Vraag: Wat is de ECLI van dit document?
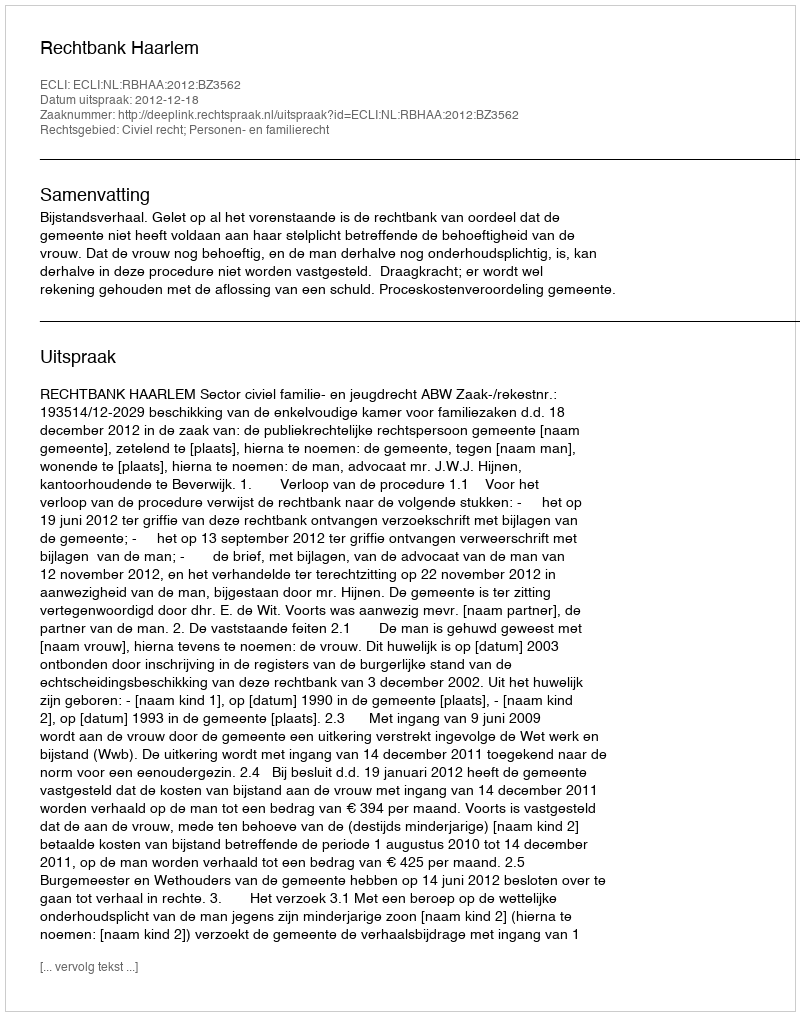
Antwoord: ECLI:NL:RBHAA:2012:BZ3562